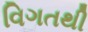
વિગતથી